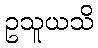
ဥသူယသိ